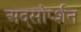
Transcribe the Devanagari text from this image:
अद्सोर्प्शन